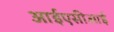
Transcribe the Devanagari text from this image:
आईएसीआई